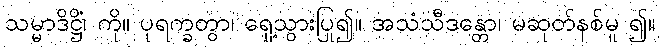
သမ္မာဒိဋ္ဌိံ၊ ကို။ ပုရက္ခတွာ၊ ရှေ့သွားပြု၍။ အသံသီဒန္တော၊ မဆုတ်နစ်မူ ၍။